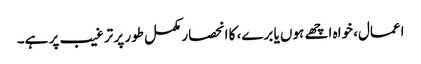
اعمال، خواہ اچھے ہوں یا برے، کا انحصار مکمل طور پر ترغیب پر ہے۔